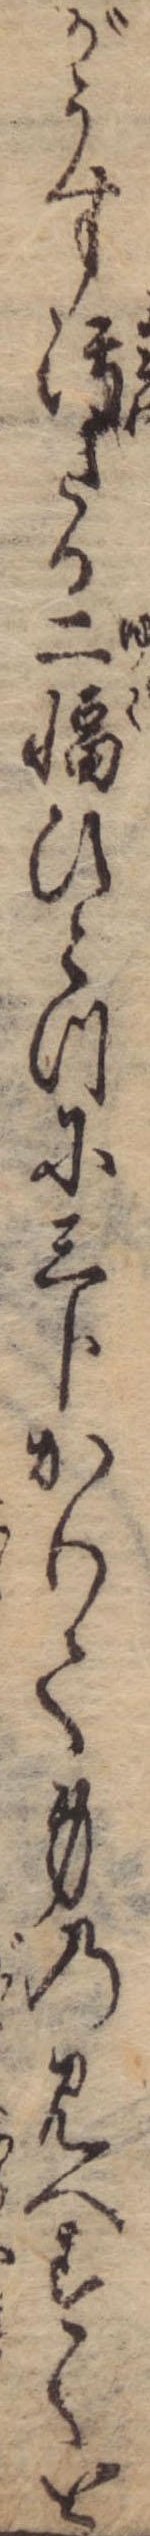
がうす汚たる二幅ひとつに三分かりて身の見へすくを